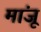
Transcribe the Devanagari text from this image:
मांजू